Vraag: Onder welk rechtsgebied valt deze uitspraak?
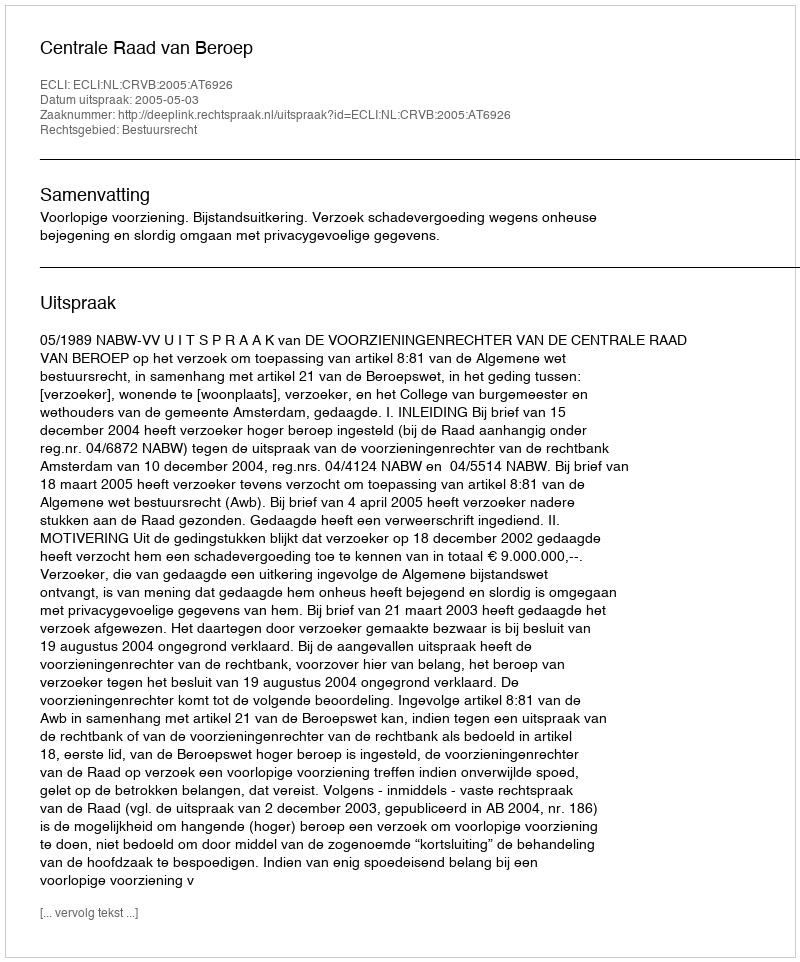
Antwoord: Bestuursrecht